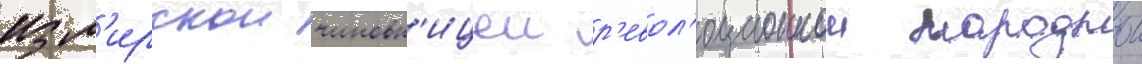
изм'ирскои чиновн'ицеи р'евол'юционнои народнои